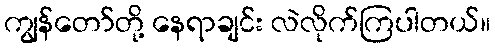
ကျွန်တော်တို့ နေရာချင်း လဲလိုက်ကြပါတယ်။